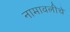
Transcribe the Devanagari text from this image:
नामावलीचे